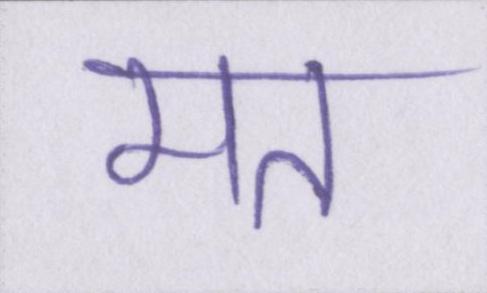
मत